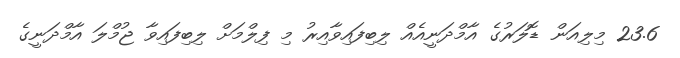
23.6 މިލިއަން ޑޮލަރުގެ އާމްދަނީއެއް ލިބިފައިވާއިރު މި ފިލްމަށް ލިބިފައިވާ ޖުމްލަ އާމްދަނީގެ